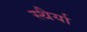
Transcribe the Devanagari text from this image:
स्थैर्या